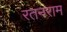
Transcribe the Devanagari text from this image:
रतनराम